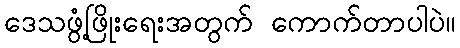
ဒေသဖွံ့ဖြိုးရေးအတွက် ကောက်တာပါပဲ။